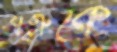
শত্রুকে